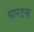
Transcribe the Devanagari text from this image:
पारटस